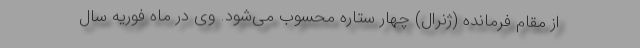
از مقام فرمانده (ژنرال) چهار ستاره محسوب می‌شود. وی در ماه فوریه سال